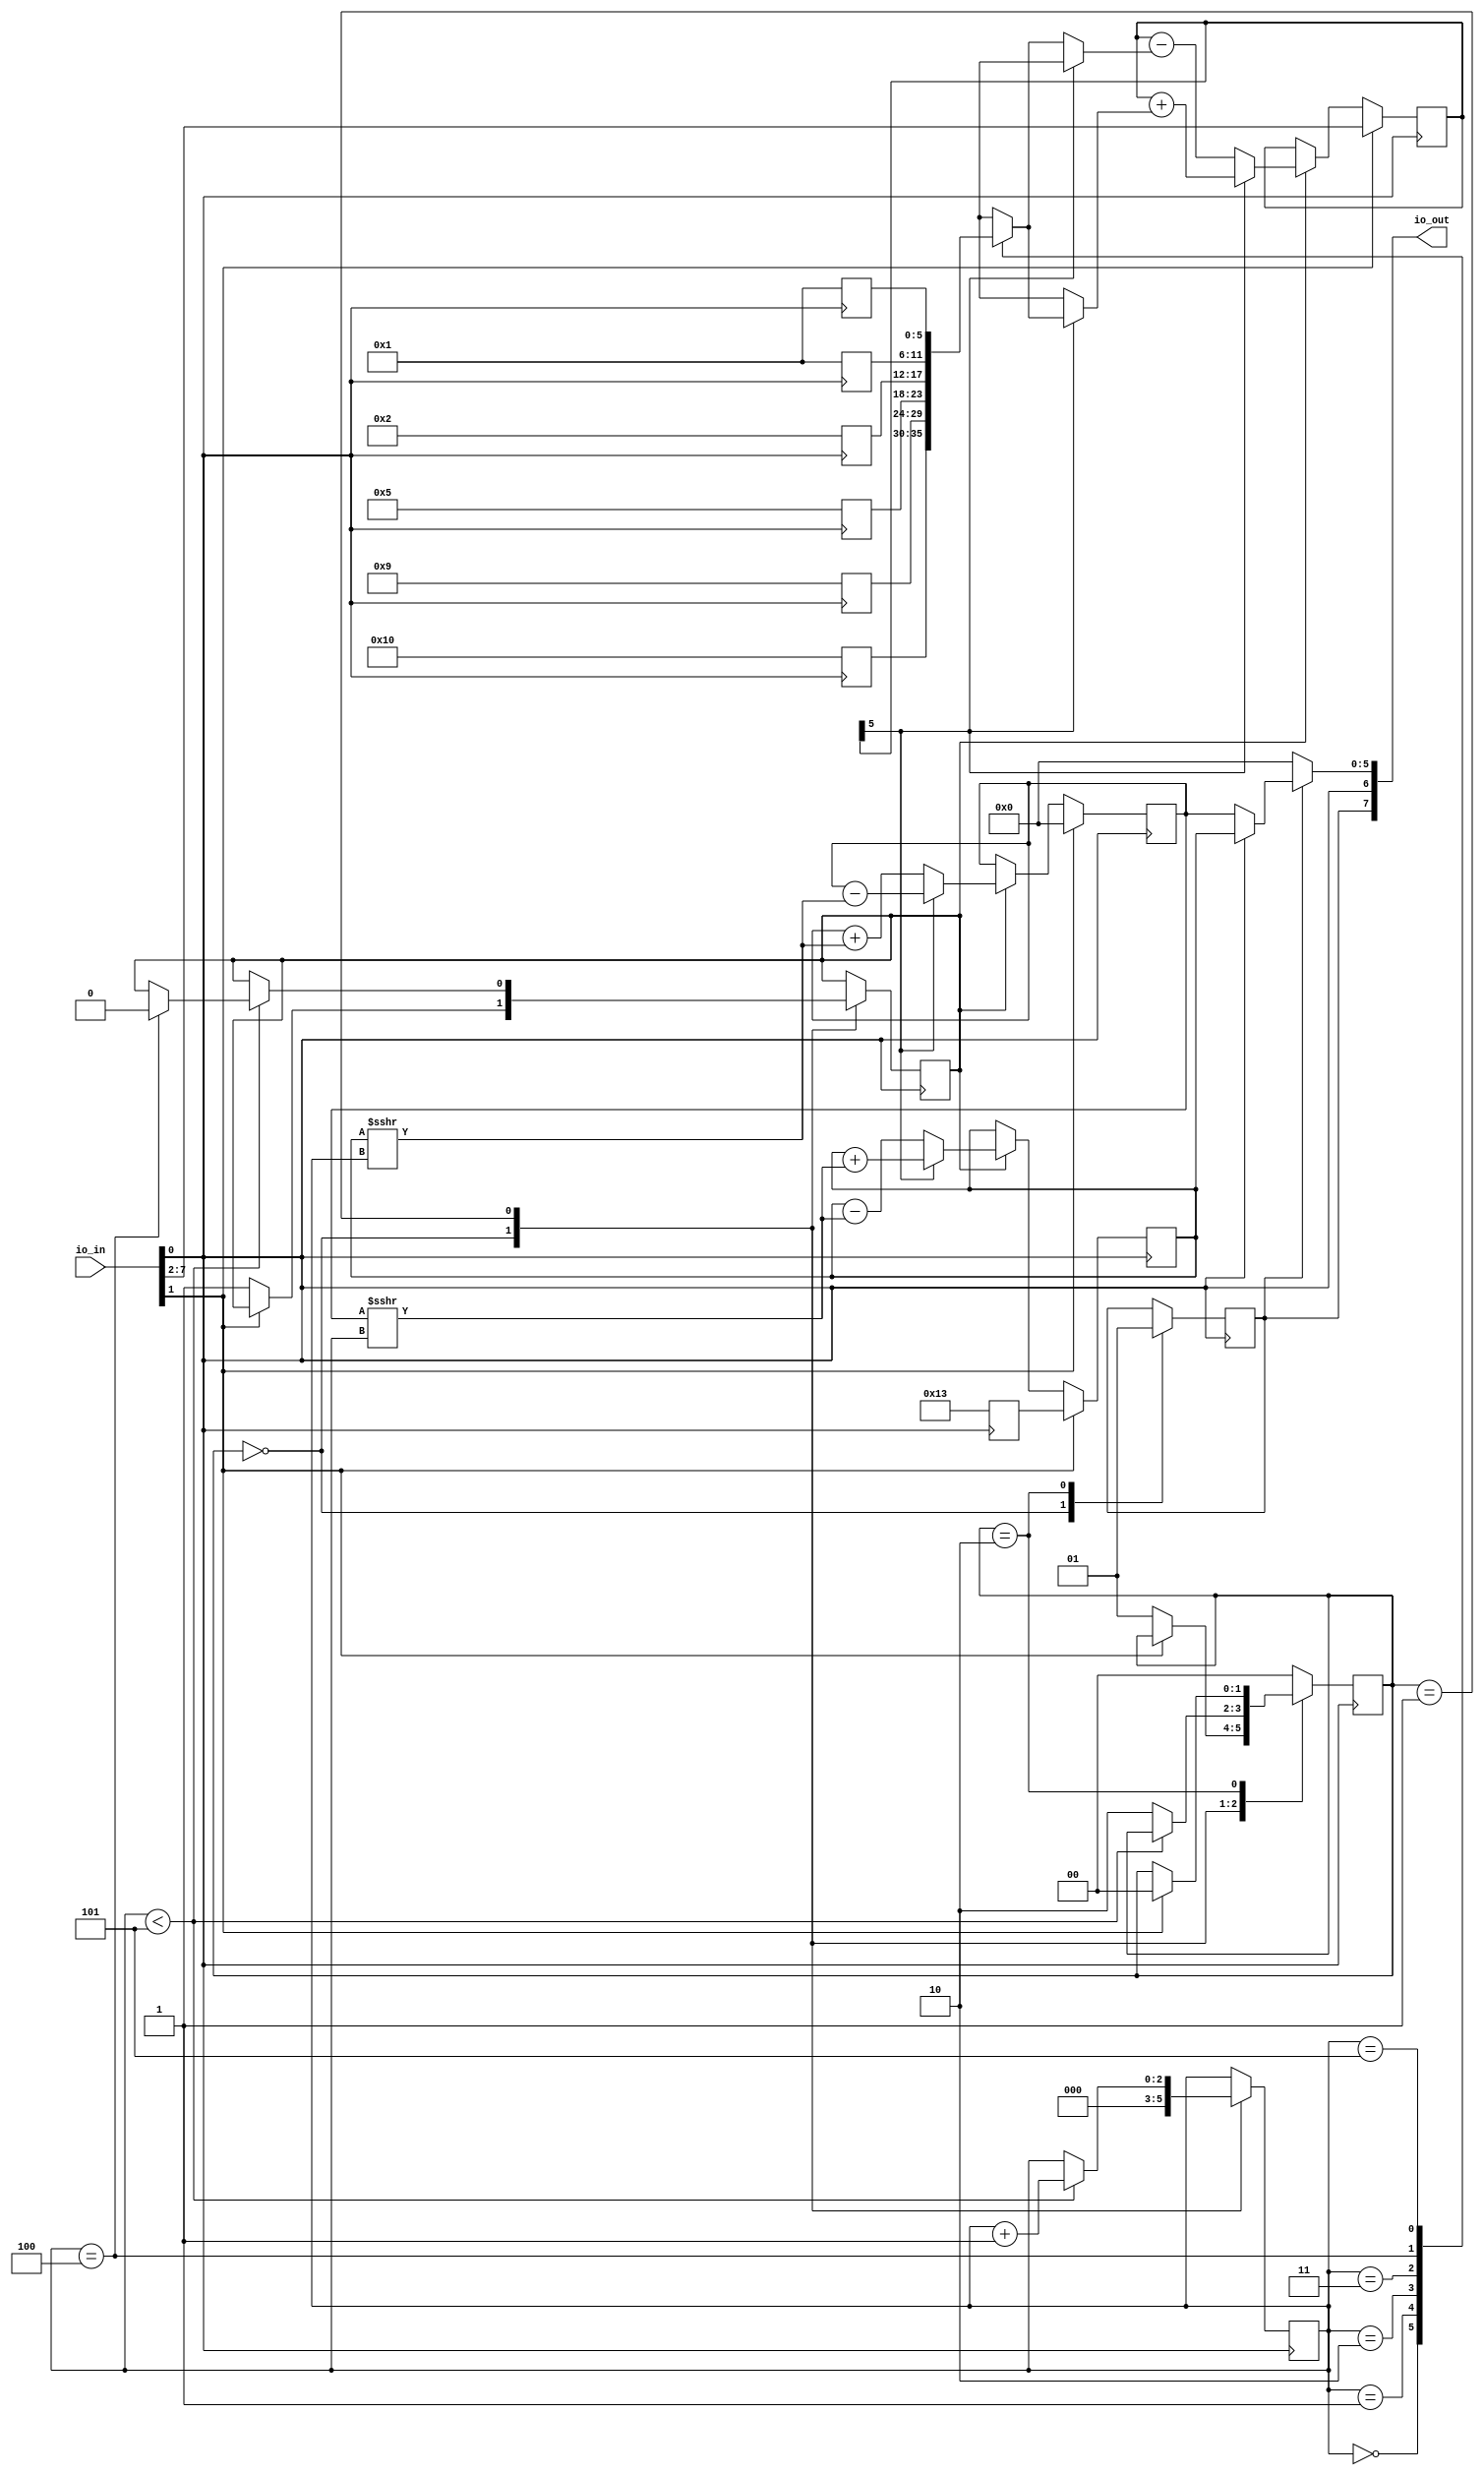
module user_module_019235602376235615(
  input [7:0] io_in, 
  output [7:0] io_out
);

    // 6bit angles and 6 bit outputs
    // y0 = 0, x0 = 0.60728

    /*
    How to convert angles to binary angles:
    angle = 180/62*bin_angle

    Convert sine and cosine values to binary:
    value = 2/62*bin_value
    */

    wire clk = io_in[0];
    wire reset = io_in[1];
    wire [5:0] z0 = io_in[7:2]; // input angle supports from -90 to +90 degrees

    // ROM
    reg [5:0]x0;
    reg [5:0]angle[5:0];
    always @(posedge clk) begin
        x0 <= 6'd19; // x0 = 0.60728
        angle[0] <= 6'd16; // angle 0 = 45
        angle[1] <= 6'd9; // angle 1 = 26.565
        angle[2] <= 6'd5; // angle 2 = 14.036
        angle[3] <= 6'd2; // angle 3 = 7.125
        angle[4] <= 6'd1; // angle 4 = 3.576
        angle[5] <= 6'd1; // angle 5 = 1.7899
    end

    // Registers 
    reg [5:0] reg_x, reg_y, reg_x_next, reg_y_next, reg_z, reg_z_next;
    reg en;
    always @(posedge clk) begin
        if (reset) begin
            reg_x <= x0;
            reg_y <= 0;
            reg_z <= z0;
        end else if (en) begin
            reg_x <= reg_x_next;
            reg_y <= reg_y_next;
            reg_z <= reg_z_next;
        end
    end

    // ALU
    wire d;
    assign d = reg_z[5];
    always @(*) begin

        if (d) begin // if d then x is add and y is sub and z is add
                    reg_x_next <= reg_x + ($signed(reg_y) >>> i);
                    reg_y_next <= reg_y - ($signed(reg_x) >>> i);
                    reg_z_next <= reg_z + angle[i];
                end else begin // if !d then x is sub and y is add and z is sub
                    reg_x_next <= reg_x - ($signed(reg_y) >>> i);
                    reg_y_next <= reg_y + ($signed(reg_x) >>> i);
                    reg_z_next <= reg_z - angle[i];
        end


    end


    // Control unit
    reg [1:0] state;
    `define RESET 2'b0
    `define CALC 2'd1
    `define DONE 2'd2
    reg [2:0]i;
    reg done;
    always @(posedge clk) begin
        case (state)
            `RESET: begin
                done <= 0;
                i <= 0;
                
                if (!reset) begin
                    state <= `CALC;
                    en <= 1;
                end
                    
            end
            `CALC: begin
                if ( i < 5) begin
                    i <= i+1;
                    if (i == 4)
                        en <= 0;
                end
                    
                else begin
                    state <= `DONE;
                    
                end
            end
            `DONE: begin
                done <= 1;
                if (reset) 
                    state <= `RESET;
            end
            default: begin
                state <= 0;
            end

        endcase
    end

    // Ooutput controler
    assign io_out[7] = done;
    wire x_yb;
    assign x_yb = clk;
    assign io_out[6] = x_yb;
    wire [5:0] data_out;
    assign io_out[5:0] = data_out;

    assign data_out = (done) ? (clk) ? reg_x : reg_y : 0;

 
endmodule